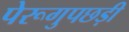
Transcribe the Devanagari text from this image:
पेरूगुपछड़ी